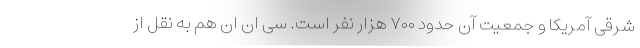
شرقی آمریکا و جمعیت آن حدود ۷۰۰ هزار نفر است. سی ان ان هم به نقل از